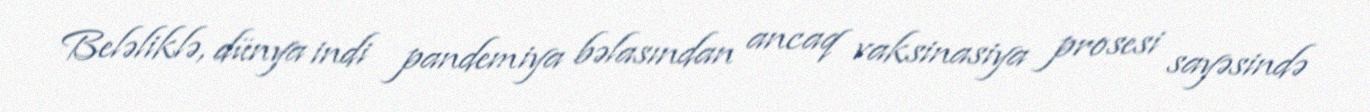
Beləliklə, dünya indi pandemiya bəlasından ancaq vaksinasiya prosesi sayəsində